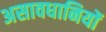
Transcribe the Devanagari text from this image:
असावधानियों